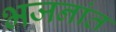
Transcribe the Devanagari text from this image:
भजनांत